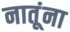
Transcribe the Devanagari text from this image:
नातूंना